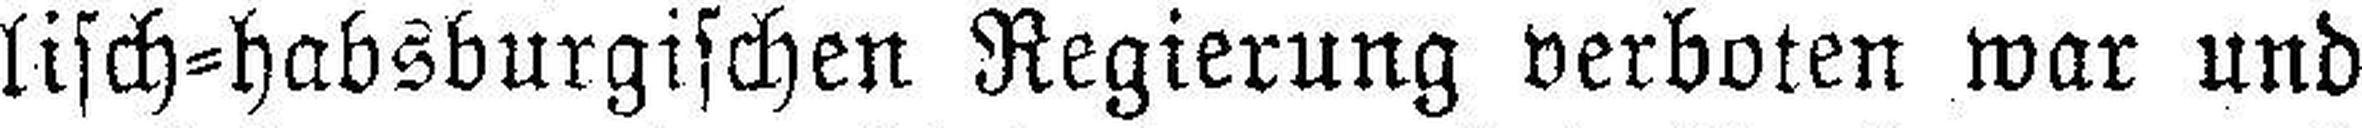
lisch=habsburgischen Regierung verboten war und